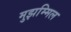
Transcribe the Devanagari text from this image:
मुझम्मिल